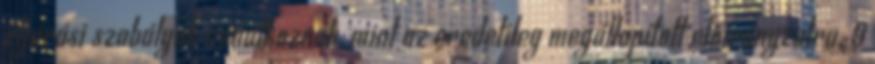
eljárási szabályok vonatkoznak, mint az eredetileg megállapított előirányzatra. 9